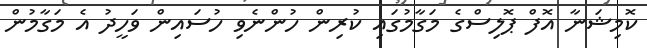
ކޮމިޝަނާ އޮފް ޕޮލިސްގެ މަގާމުގައި ކުރިން ހުންނެވި ހުސައިން ވަހީދު އެ މަގާމުން